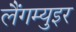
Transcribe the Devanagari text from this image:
लैंगम्युइर